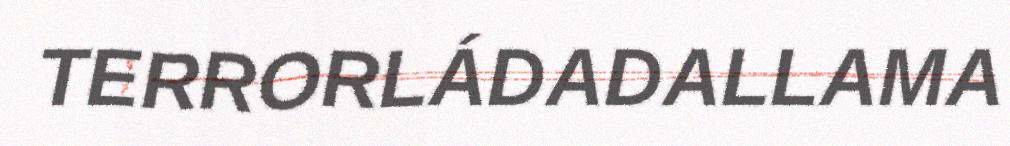
TERRORLÁDADALLAMA